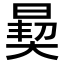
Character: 𪰳